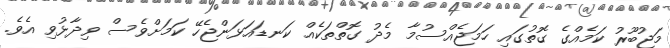
މަޖުބޫރު ކަމެއްގެ ގޮތުގައި ހަމަޖެއްސުމާ މެދު ގޮތްތަކެއް ކަނޑައަޅަންޖެހޭ ކަމަށްވެސް ވިދާޅުވި އެވެ.